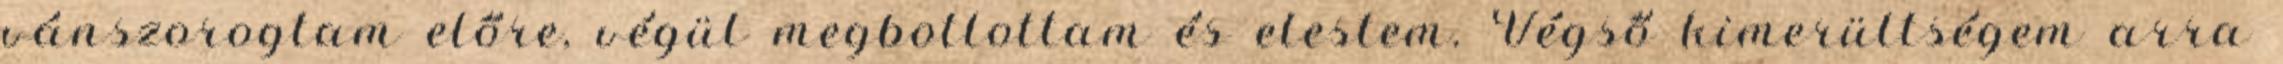
vánszorogtam előre, végül megbotlottam és elestem. Végső kimerültségem arra